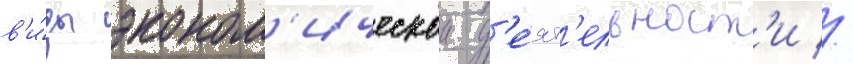
в'и́ды эконом'ическои д'е́ят'ельност'и //